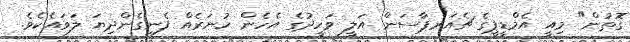
ގޮތުން" މިއީ އެމްޑީޕީގެ ޗެއަރޕާސަން އަލީ ވަހީދުގެ އެހެން ހުނަރެއް ފެނިގެންދިޔަ ލަވައެކެވެ.